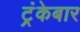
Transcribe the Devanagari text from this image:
ट्रंकेबार